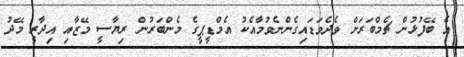
އެ ބޭފުޅުން ޗެމްބަރަށް ވެދެވަޑައިގެންނެވުމާއެކު އެމްޑީޕީގެ މެންބަރުން ރިޔާސީ މޭޒާއި އިދާރީ މޭދު